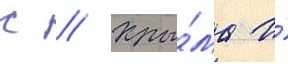
с // Кры́ма и́